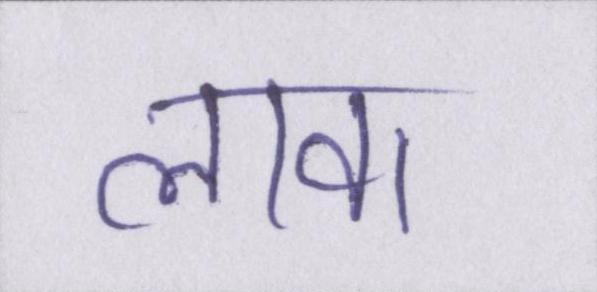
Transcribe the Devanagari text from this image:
लावा